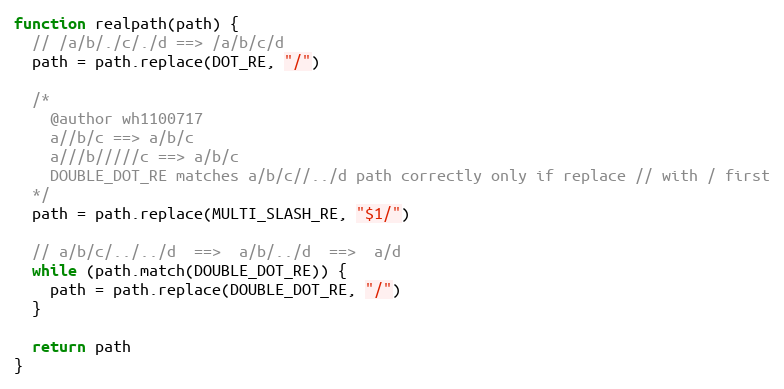
Language: JavaScript
function realpath(path) {
  // /a/b/./c/./d ==> /a/b/c/d
  path = path.replace(DOT_RE, "/")

  /*
    @author wh1100717
    a//b/c ==> a/b/c
    a///b/////c ==> a/b/c
    DOUBLE_DOT_RE matches a/b/c//../d path correctly only if replace // with / first
  */
  path = path.replace(MULTI_SLASH_RE, "$1/")

  // a/b/c/../../d  ==>  a/b/../d  ==>  a/d
  while (path.match(DOUBLE_DOT_RE)) {
    path = path.replace(DOUBLE_DOT_RE, "/")
  }

  return path
}